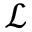
\mathcal { L }